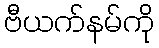
ဗီယက်နမ်ကို